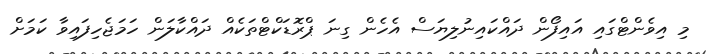
މި އިވެންޓްގައި އައިފޯން ދައްކައިނުލިޔަސް އެހެން ގިނަ ޕްރޮޑަކްޓްތަކެއް ދައްކާލަން ހަމަޖެހިފައިވާ ކަމަށް